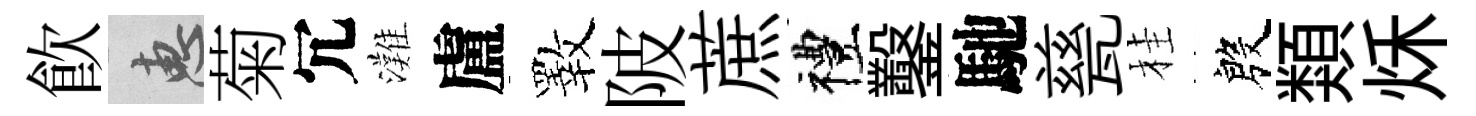
飮惠菊冗灘盧斁陂蔗禮鑿馳甆桂殷類秌